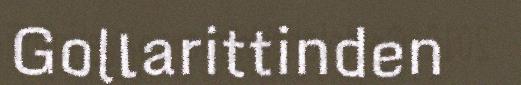
Gollarittinden